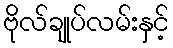
ဗိုလ်ချုပ်လမ်းနှင့်